Scottish Leaving Certificate Examination, 1958
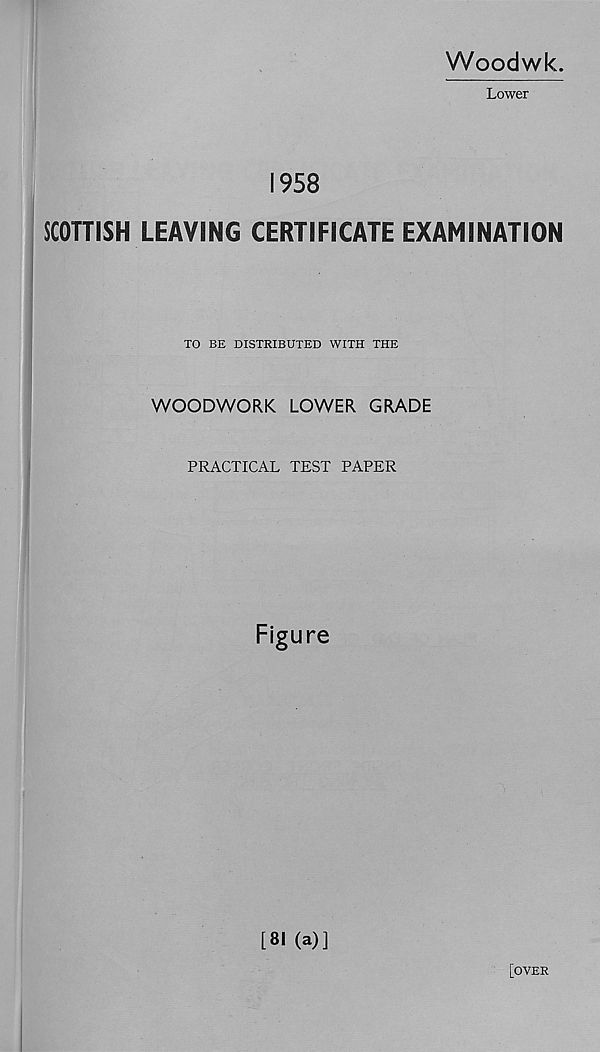
Woodwk.
Lower
1958
SCOTTISH LEAVING CERTIFICATE EXAMINATION
TO BE DISTRIBUTED WITH THE
WOODWORK LOWER GRADE
PRACTICAL TEST PAPER
Figure
[81 (a)]
[over